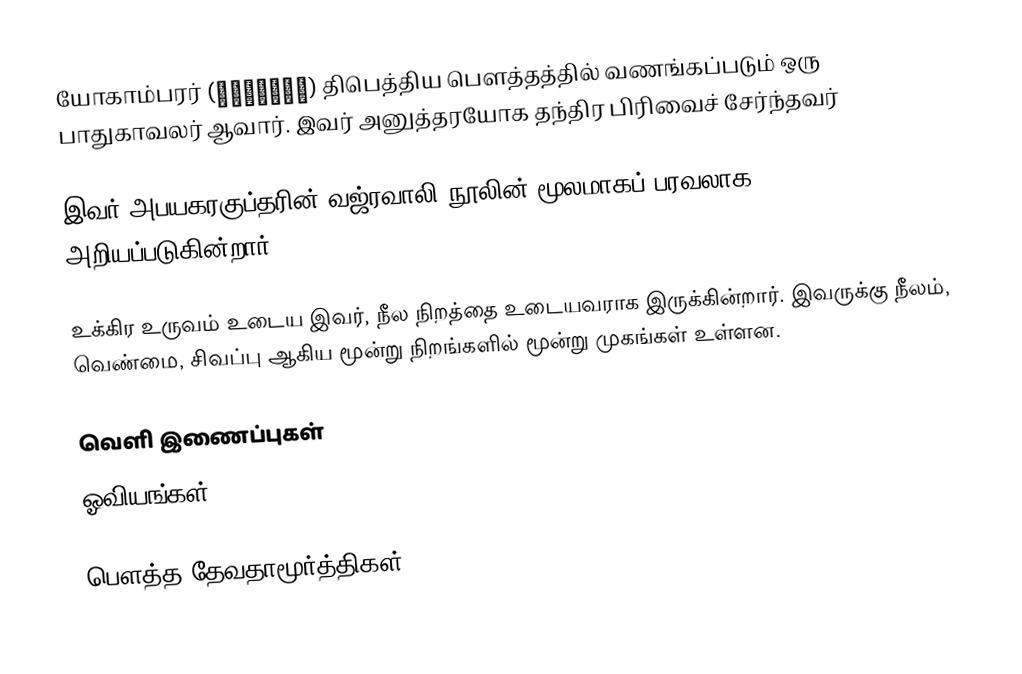
யோகாம்பரர் (योगांबर) திபெத்திய பௌத்தத்தில் வணங்கப்படும் ஒரு பாதுகாவலர் ஆவார். இவர் அனுத்தரயோக தந்திர பிரிவைச் சேர்ந்தவர்

இவர் அபயகரகுப்தரின் வஜ்ரவாலி நூலின் மூலமாகப் பரவலாக அறியப்படுகின்றார்.

உக்கிர உருவம் உடைய இவர், நீல நிறத்தை உடையவராக இருக்கின்றார். இவருக்கு நீலம், வெண்மை, சிவப்பு ஆகிய மூன்று நிறங்களில் மூன்று முகங்கள் உள்ளன.

வெளி இணைப்புகள்
ஓவியங்கள்

பௌத்த தேவதாமூர்த்திகள்